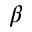
\beta